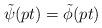
LaTeX: \begin{align*} \tilde{\psi}(pt) = \tilde{\phi}(pt)\end{align*}